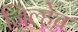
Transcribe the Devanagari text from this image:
जिल्हेच